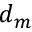
d _ { m }